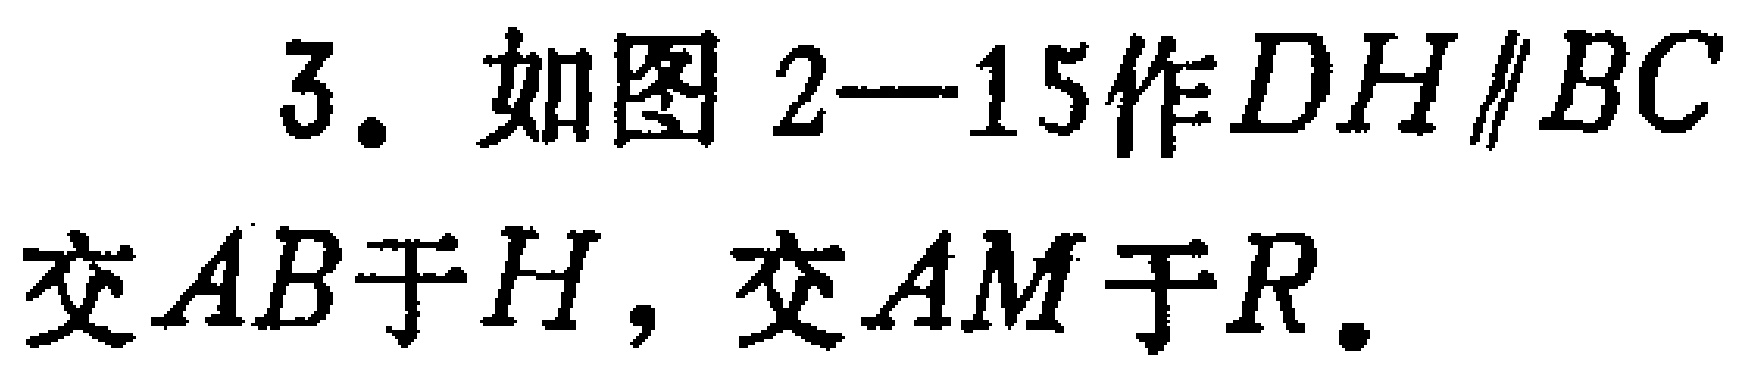
3. 如图 2—15作\(DH\parallel BC\)交\(AB\)于\(H\)，交\(AM\)于\(R\).